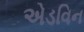
એડવિન